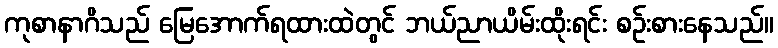
ကုစာနာဂိသည် မြေအောက်ရထားထဲတွင် ဘယ်ညာယိမ်းထိုးရင်း စဉ်းစားနေသည်။